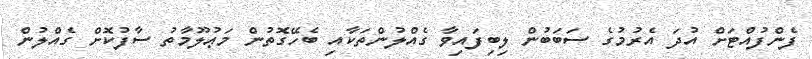
ފެންފުއްޓަށް އުދަ އެރުމުގެ ސަބަބުން ލިބިފައިވާ ގެއްލުންތަކާއި ބެހޭގޮތުން މަޢުލޫމާތު ސާފުކޮށް ގެއްލުން